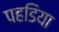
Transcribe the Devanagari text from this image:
पहडिया